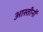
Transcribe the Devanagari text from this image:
आस्तीनों